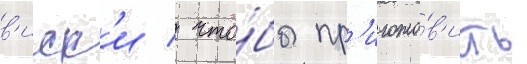
в'иск'и / что́бы пр'игото́в'ить